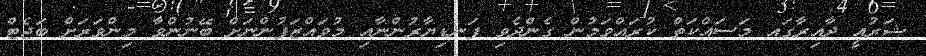
ޝަރުއީ ދާއިރާގައ މަސައްކަތް ކުރައްވަމުން ގެންދެވި ފަނޑިޔާރުންނާއި މުވައްޒަފުންނަށް ބޭނުންވާ މިންވަރަށް ބަޖެޓް